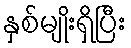
နှစ်မျိုးရှိပြီး